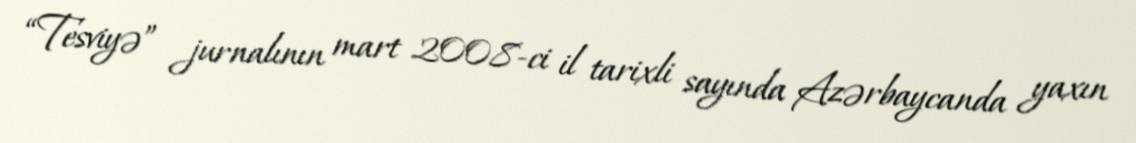
“Tesviyə” jurnalının mart 2008-ci il tarixli sayında Azərbaycanda yaxın